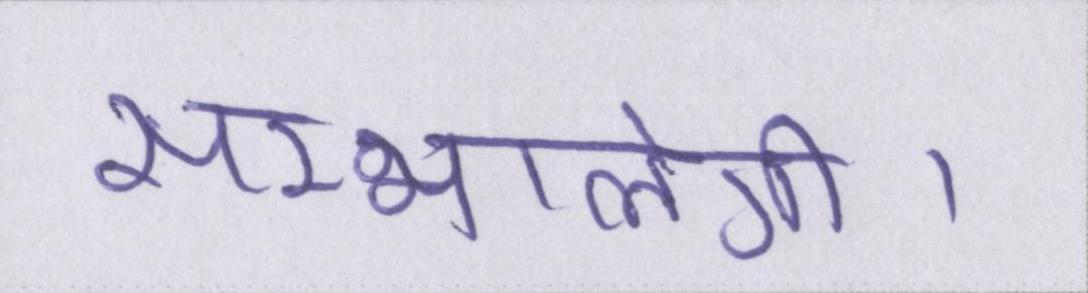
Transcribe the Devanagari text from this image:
सम्भालेंगी।